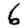
Digit: 6